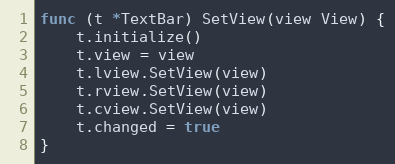
Language: Go
func (t *TextBar) SetView(view View) {
	t.initialize()
	t.view = view
	t.lview.SetView(view)
	t.rview.SetView(view)
	t.cview.SetView(view)
	t.changed = true
}